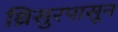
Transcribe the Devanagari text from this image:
थ्रिसुरपासून